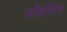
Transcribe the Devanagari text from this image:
मॉवसिम